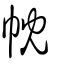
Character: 帎